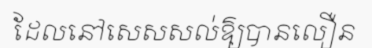
ដែលនៅសេសសល់ឱ្យបានលឿន